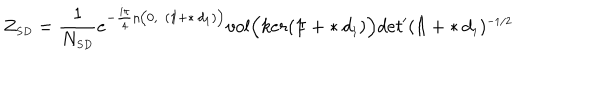
Z _ { \scriptscriptstyle S D } = \frac { 1 } { N _ { \scriptscriptstyle S D } } e ^ { - \frac { i \pi } { 4 } \eta \bigl ( 0 , ( \mathrm { 1 \ m k e r n - 5 m u I \! } + \ast d _ { \scriptscriptstyle 1 } ) \bigr ) } v o l \Bigl ( k e r ( \mathrm { 1 \ m k e r n - 5 m u I \! } + \ast d _ { \scriptscriptstyle 1 } ) \Bigr ) d e t ^ { \prime } ( \mathrm { 1 \ m k e r n - 5 m u I \! } + \ast d _ { \scriptscriptstyle 1 } ) ^ { \scriptscriptstyle - 1 / 2 }